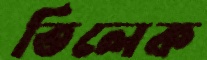
তিলেক